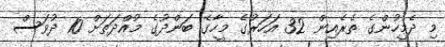
މި ދެމީހުންގެ ތެރެއިން 32 އަހަރުގެ މީހާގެ ބަންދުގެ މުއްދަތަށް 10 ދުވަސް